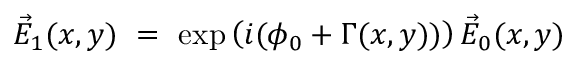
\vec { E } _ { 1 } ( x , y ) ~ = ~ \exp \left( i ( \phi _ { 0 } + \Gamma ( x , y ) ) \right) \vec { E } _ { 0 } ( x , y )